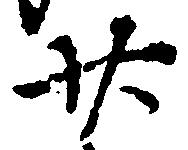
廿